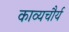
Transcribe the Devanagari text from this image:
काव्यचौर्य